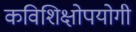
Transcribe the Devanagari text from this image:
कविशिक्षोपयोगी